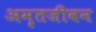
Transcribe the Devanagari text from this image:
अमृतजीवन